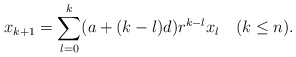
\begin{align*}x_{k+1}=\sum_{l=0}^k(a+(k-l)d)r^{k-l} x_l\quad(k\leq n).\end{align*}